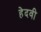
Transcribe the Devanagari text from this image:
हेदवी